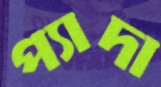
প্যাদা